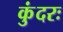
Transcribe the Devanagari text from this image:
कुंदरः